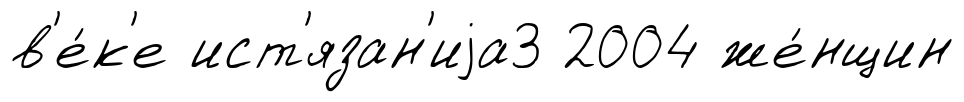
в'е́к'е ист'язан'иjа3 2004 же́нщин